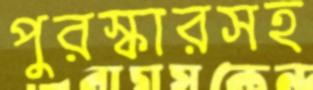
পুরস্কারসহ